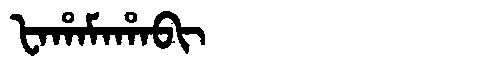
Manchu: ᡶᠠᡥᠠᠮᠠᡥᠠᠪᡳ
Romanization: FAHAMAHABI